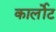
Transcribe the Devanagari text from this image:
कार्लोट